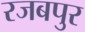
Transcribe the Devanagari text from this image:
रजबपुर